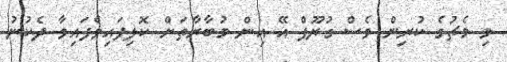
މި މެޗުގެ ކުރިން ވެސް ގުރޫޕް އޭ އިން މުބާރާތަށް ކޮލިފައިވެފައިވާ ދެކުނު